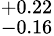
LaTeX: ^{+0.22}_{-0.16}